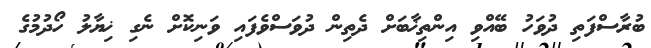
ބުރާސްފަތި ދުވަހު ބޭއްވި އިންތިޚާބަށް ދެތިން ދުވަސްވެފައި ވަނިކޮށް ނެގި ޚިޔާލު ހޯދުމުގެ